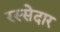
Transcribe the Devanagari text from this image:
रस्सेदार